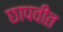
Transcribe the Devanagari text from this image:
छापवीत